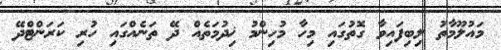
މައުލޫމާތު ލިބިފައިވާ ގޮތުގައި މިހާ މުހިންމު ޚިދުމަތެއް ދޭ ތަނެއްގައި ހުރި ކަރަންޓްދޭ